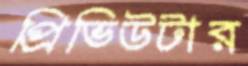
প্রিভিউটার